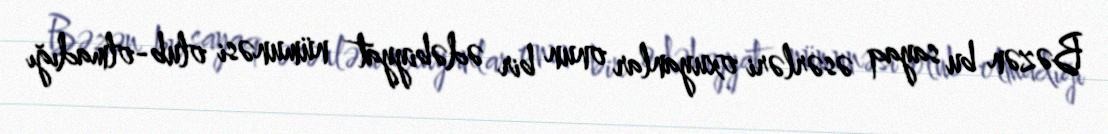
Bəzən bu sayaq əsərləri oxuyanlar onun bir ədəbiyyat nümunəsi olub-olmadığı